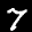
Label: 7